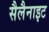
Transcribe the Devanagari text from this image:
सैलैनाइट